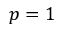
p = 1